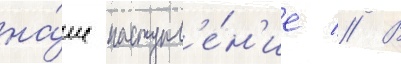
на́ше наступл'е́н'ие // В